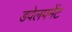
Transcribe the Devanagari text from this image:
डवेलपमेंट